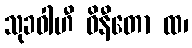
သုခဝါဟီ ဝိနီတော ထ၊